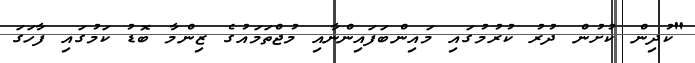
"ކުދިން ކުށުން ދުރު ކުރުމުގައި މައިންބަފައިންނާއި މުޖްތަމައުގެ ޒިންމާ ބޮޑު ކަމުގައި ފާހަގަ